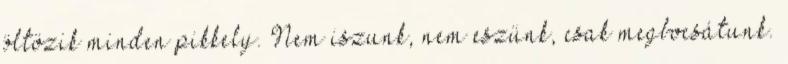
öltözik minden pikkely. Nem iszunk, nem eszünk, csak megbocsátunk.